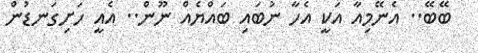
ބޭބޭ.. އެނޭމިއާ އަކީ އެހާ ނުބައި ބައްޔެއް ނޫން.. އެއީ ހަށިގަނޑުން